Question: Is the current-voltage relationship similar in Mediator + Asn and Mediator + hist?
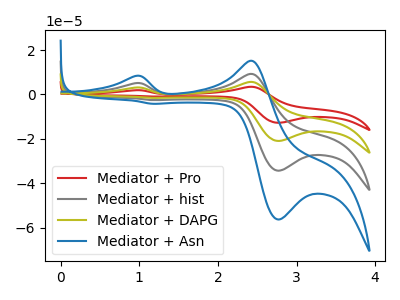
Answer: <think>The red curve "Mediator + Pro" has anodic peaks at (0.95V, 15.25uA) (2.40V, 27.70uA) and cathodic peaks at (2.75V, -103.05uA) (1.15V, -7.70uA). The gray curve "Mediator + hist" has anodic peaks at (0.95V, 5.10uA) (2.40V, 9.25uA) and cathodic peaks at (2.75V, -34.35uA) (1.15V, -2.55uA). The olive curve "Mediator + DAPG" has anodic peaks at (0.95V, 10.15uA) (2.40V, 18.45uA) and cathodic peaks at (2.75V, -68.70uA) (1.15V, -5.15uA). The blue curve "Mediator + Asn" has anodic peaks at (0.95V, 8.30uA) (2.40V, 15.15uA) and cathodic peaks at (2.75V, -56.30uA) (1.15V, -4.20uA).
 All the peaks in "Mediator + Asn" have a peak in "Mediator + hist" at the same potential. Every peak in "Mediator + Asn" is higher than every peak in "Mediator + hist".</think>
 <answer>"Mediator + Asn" and "Mediator + hist" are similar in shape.</answer>
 <eval>same_shape</eval>